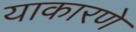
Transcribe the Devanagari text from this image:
याकारणे